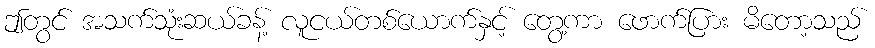
ဤတွင် အသက်သုံးဆယ်ခန့် လူငယ်တစ်ယောက်နှင့် တွေ့ကာ ဖောက်ပြား မိတော့သည်